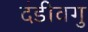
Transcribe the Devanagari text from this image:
दंडीवगु